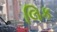
લિક